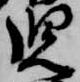
児